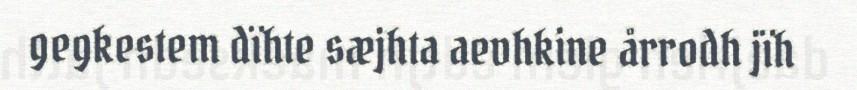
gegkestem dïhte sæjhta aevhkine årrodh jïh